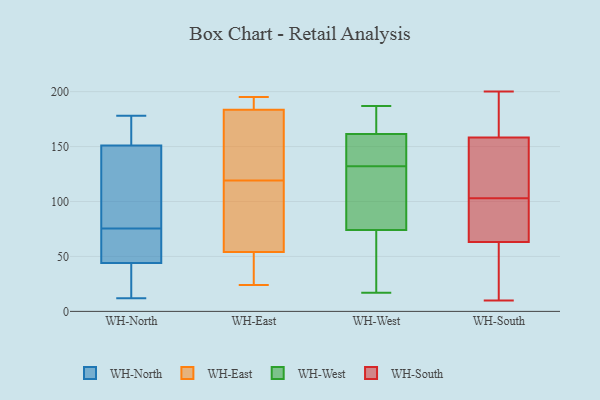
{"axis": {"x": "Waste Production (Tons)", "y": "Value"}, "legend": ["WH-East", "WH-North", "WH-South", "WH-West"], "data": [{"x": "", "y": 178, "type": "WH-North"}, {"x": "", "y": 13, "type": "WH-North"}, {"x": "", "y": 41, "type": "WH-North"}, {"x": "", "y": 178, "type": "WH-North"}, {"x": "", "y": 74, "type": "WH-North"}, {"x": "", "y": 60, "type": "WH-North"}, {"x": "", "y": 171, "type": "WH-North"}, {"x": "", "y": 44, "type": "WH-North"}, {"x": "", "y": 12, "type": "WH-North"}, {"x": "", "y": 112, "type": "WH-North"}, {"x": "", "y": 151, "type": "WH-North"}, {"x": "", "y": 77, "type": "WH-North"}, {"x": "", "y": 90, "type": "WH-North"}, {"x": "", "y": 64, "type": "WH-North"}, {"x": "", "y": 139, "type": "WH-East"}, {"x": "", "y": 24, "type": "WH-East"}, {"x": "", "y": 182, "type": "WH-East"}, {"x": "", "y": 37, "type": "WH-East"}, {"x": "", "y": 195, "type": "WH-East"}, {"x": "", "y": 190, "type": "WH-East"}, {"x": "", "y": 59, "type": "WH-East"}, {"x": "", "y": 61, "type": "WH-East"}, {"x": "", "y": 98, "type": "WH-East"}, {"x": "", "y": 119, "type": "WH-East"}, {"x": "", "y": 156, "type": "WH-East"}, {"x": "", "y": 39, "type": "WH-East"}, {"x": "", "y": 188, "type": "WH-East"}, {"x": "", "y": 157, "type": "WH-West"}, {"x": "", "y": 166, "type": "WH-West"}, {"x": "", "y": 137, "type": "WH-West"}, {"x": "", "y": 17, "type": "WH-West"}, {"x": "", "y": 152, "type": "WH-West"}, {"x": "", "y": 76, "type": "WH-West"}, {"x": "", "y": 172, "type": "WH-West"}, {"x": "", "y": 112, "type": "WH-West"}, {"x": "", "y": 127, "type": "WH-West"}, {"x": "", "y": 62, "type": "WH-West"}, {"x": "", "y": 72, "type": "WH-West"}, {"x": "", "y": 187, "type": "WH-West"}, {"x": "", "y": 97, "type": "WH-South"}, {"x": "", "y": 48, "type": "WH-South"}, {"x": "", "y": 103, "type": "WH-South"}, {"x": "", "y": 10, "type": "WH-South"}, {"x": "", "y": 117, "type": "WH-South"}, {"x": "", "y": 157, "type": "WH-South"}, {"x": "", "y": 67, "type": "WH-South"}, {"x": "", "y": 52, "type": "WH-South"}, {"x": "", "y": 18, "type": "WH-South"}, {"x": "", "y": 200, "type": "WH-South"}, {"x": "", "y": 162, "type": "WH-South"}, {"x": "", "y": 118, "type": "WH-South"}, {"x": "", "y": 178, "type": "WH-South"}, {"x": "", "y": 119, "type": "WH-South"}, {"x": "", "y": 80, "type": "WH-South"}, {"x": "", "y": 74, "type": "WH-South"}, {"x": "", "y": 180, "type": "WH-South"}]}